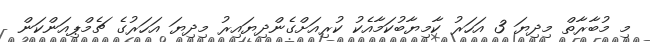
މި މުބާރާތް މިދިޔަ 3 އަހަރު ކާމިޔާބުކަމާއެކު ކުރިއަށްގެންދިޔައިރު މިދިޔަ އަހަރުގެ ޗެމްޕިއަންކަން